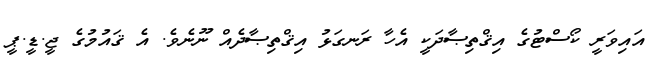
އައިވަރީ ކޯސްޓުގެ އިޤްތިޞާދަކީ އެހާ ރަނގަޅު އިޤްތިޞާދެއް ނޫނެވެ. އެ ޤައުމުގެ ޖީ.ޑީ.ޕީ